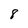
Character: 8